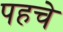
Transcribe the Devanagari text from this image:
पहचे